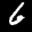
Label: 6